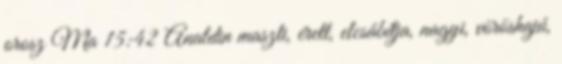
orosz Ma 15:42 Analdin maszti, érett, elcsábítja, nagyi, vöröshajú,